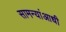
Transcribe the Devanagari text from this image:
सामन्यांआधी